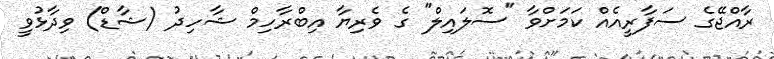
ރާއްޖޭގެ ސަފާރީއެއް ކަމަށްވާ "ސޮލައިލް" ގެ ވެރިޔާ އިބްރާހިމް ޝާހިދު (ޝާޑް) ވިދާޅުވީ